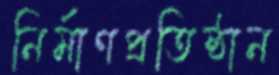
নির্মাণপ্রতিষ্ঠান